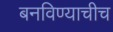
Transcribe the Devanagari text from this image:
बनविण्याचीच